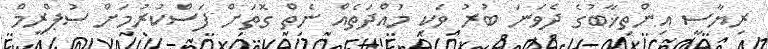
ރިޔާސީ އިންތިޚާބުގެ ދެވަނަ ބުރު ވަކި މުއްދަތެއް ނެތް ގޮތަށް ފަސްކުރުމަށް ސުޕްރީމް